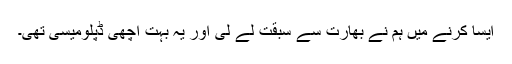
ایسا کرنے میں ہم نے بھارت سے سبقت لے لی اور یہ بہت اچھی ڈپلومیسی تھی۔